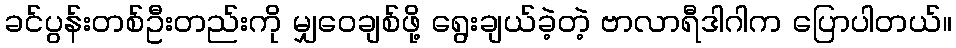
ခင်ပွန်းတစ်ဦးတည်းကို မျှဝေချစ်ဖို့ ရွေးချယ်ခဲ့တဲ့ ဗာလာရီဒါဂါက ပြောပါတယ်။